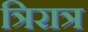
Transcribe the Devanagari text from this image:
त्रिरात्र